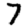
Digit: 7